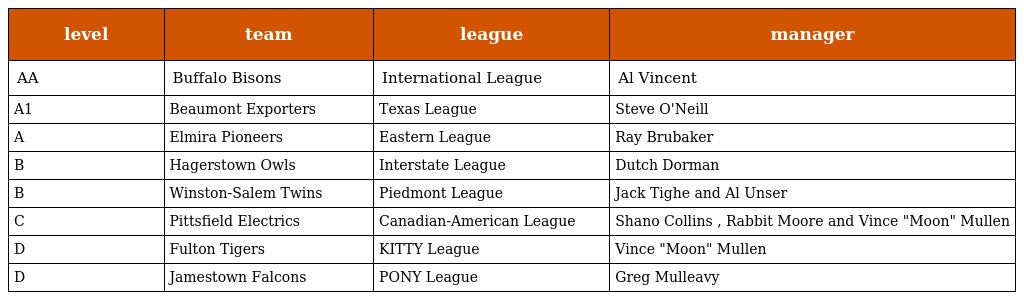
| level | team | league | manager |
 | --- | --- | --- | --- |
 | AA | Buffalo Bisons | International League | Al Vincent |
 | A1 | Beaumont Exporters | Texas League | Steve O'Neill |
 | A | Elmira Pioneers | Eastern League | Ray Brubaker |
 | B | Hagerstown Owls | Interstate League | Dutch Dorman |
 | B | Winston-Salem Twins | Piedmont League | Jack Tighe and Al Unser |
 | C | Pittsfield Electrics | Canadian-American League | Shano Collins , Rabbit Moore and Vince "Moon" Mullen |
 | D | Fulton Tigers | KITTY League | Vince "Moon" Mullen |
 | D | Jamestown Falcons | PONY League | Greg Mulleavy |